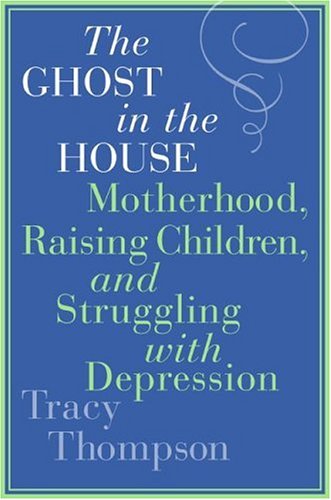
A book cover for The Ghost in the House: Motherhood, Raising Children, and Struggling with Depression; Tracy Thompson; Health, Fitness & Dieting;